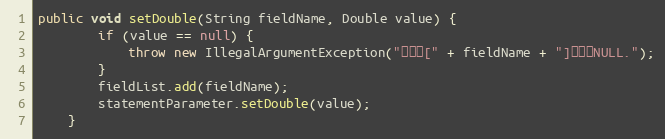
Language: Java
public void setDouble(String fieldName, Double value) {
		if (value == null) {
			throw new IllegalArgumentException("参数值[" + fieldName + "]不能为NULL.");
		}
		fieldList.add(fieldName);
		statementParameter.setDouble(value);
	}